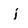
Character: j